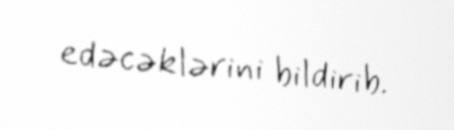
edəcəklərini bildirib.